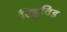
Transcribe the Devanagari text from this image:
रिडुविड